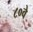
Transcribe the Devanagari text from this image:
८०वे